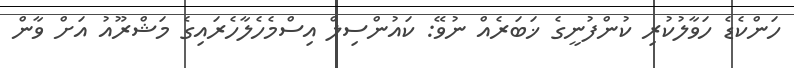
ހަންކެޑެ ހަވާލުކުރި ކުންފުނީގެ ޚަބަރެއް ނުވޭ: ކައުންސިލް އިސްމެހެލާހެރައިގެ މަޝްރޫއު އަށް ވާން